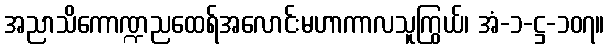
အညာသိကောဏ္ဍညထေရ်အလောင်းမဟာကာလသူကြွယ်၊ အံ-၁-ဋ္ဌ-၁၀၇။